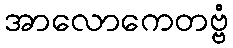
အာလောကေတဗ္ဗံ